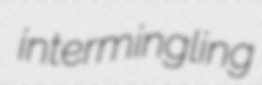
intermingling